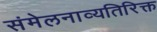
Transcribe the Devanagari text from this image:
संमेलनाव्यतिरिक्त